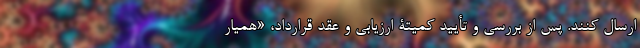
ارسال کنند. پس از بررسی و تأیید کمیتۀ ارزیابی و عقد قرارداد، «همیار